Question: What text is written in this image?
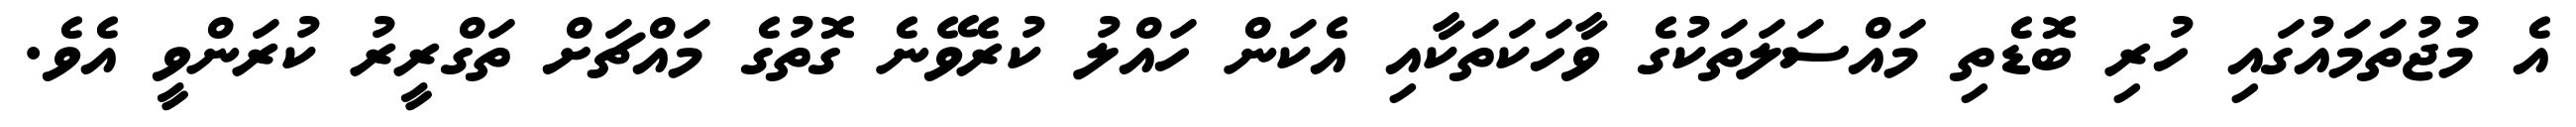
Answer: އެ މުޖުތަމައުގައި ހުރި ބޮޑެތި މައްސަލަތަކުގެ ވާހަކަތަކާއި އެކަން ހައްލު ކުރެވޭނެ ގޮތުގެ މައްޗަށް ތަގްރީރު ކުރަންވީ އެވެ.